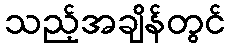
သည့်အချိန်တွင်